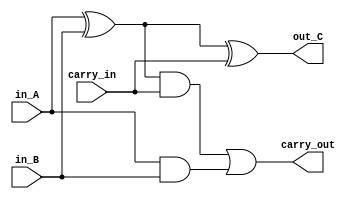
module full_adder(in_A, in_B, carry_in, out_C, carry_out);
input in_A, in_B, carry_in;
output carry_out, out_C;
wire c1, c2, c3;

xor (c1, in_A, in_B) ;
xor (out_C, c1, carry_in);
and (c2, c1, carry_in);
and (c3, in_A, in_B);
or (carry_out, c2, c3);
endmodule
//Gate Level Modeling Full Adder 

module four_bit_Add_Sub (in_A, in_B, out_C, carry_out, m, V);
input [3:0]   in_A;
input [3:0]   in_B;
input         m;
// in_A, in_B  , m   
output [3:0]  out_C;
output        carry_out;
output        V;
//out_C  , carry_out  full_adder   
//V overflow   
wire    c1, c2, c3;
wire    xor_B0, xor_B1, xor_B2, xor_B3;
xor (xor_B0, in_B[0], m);
xor (xor_B1, in_B[1], m);
xor (xor_B2, in_B[2], m);
xor (xor_B3, in_B[3], m);
//B     2's Complement 

full_adder fa0(in_A[0], xor_B0,  m, out_C[0], c1);
full_adder fa1(in_A[1], xor_B1, c1, out_C[1], c2);
full_adder fa2(in_A[2], xor_B2, c2, out_C[2], c3);
full_adder fa3(in_A[3], xor_B3, c3, out_C[3], carry_out);
xor (V, c3, carry_out);
// FULL ADDER      Xor     
endmodule